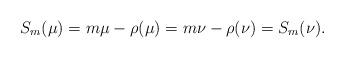
LaTeX: \begin{align*}S_m(\mu) = m\mu-\rho(\mu)=m\nu-\rho(\nu) = S_m(\nu).\end{align*}